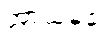
အာယမုခံ